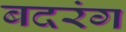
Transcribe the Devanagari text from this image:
बदरंग